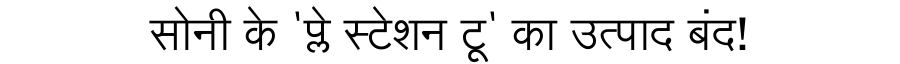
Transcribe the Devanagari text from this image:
सोनी के 'प्ले स्टेशन टू' का उत्पाद बंद!